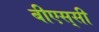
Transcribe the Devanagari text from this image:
बीएस्‌सी